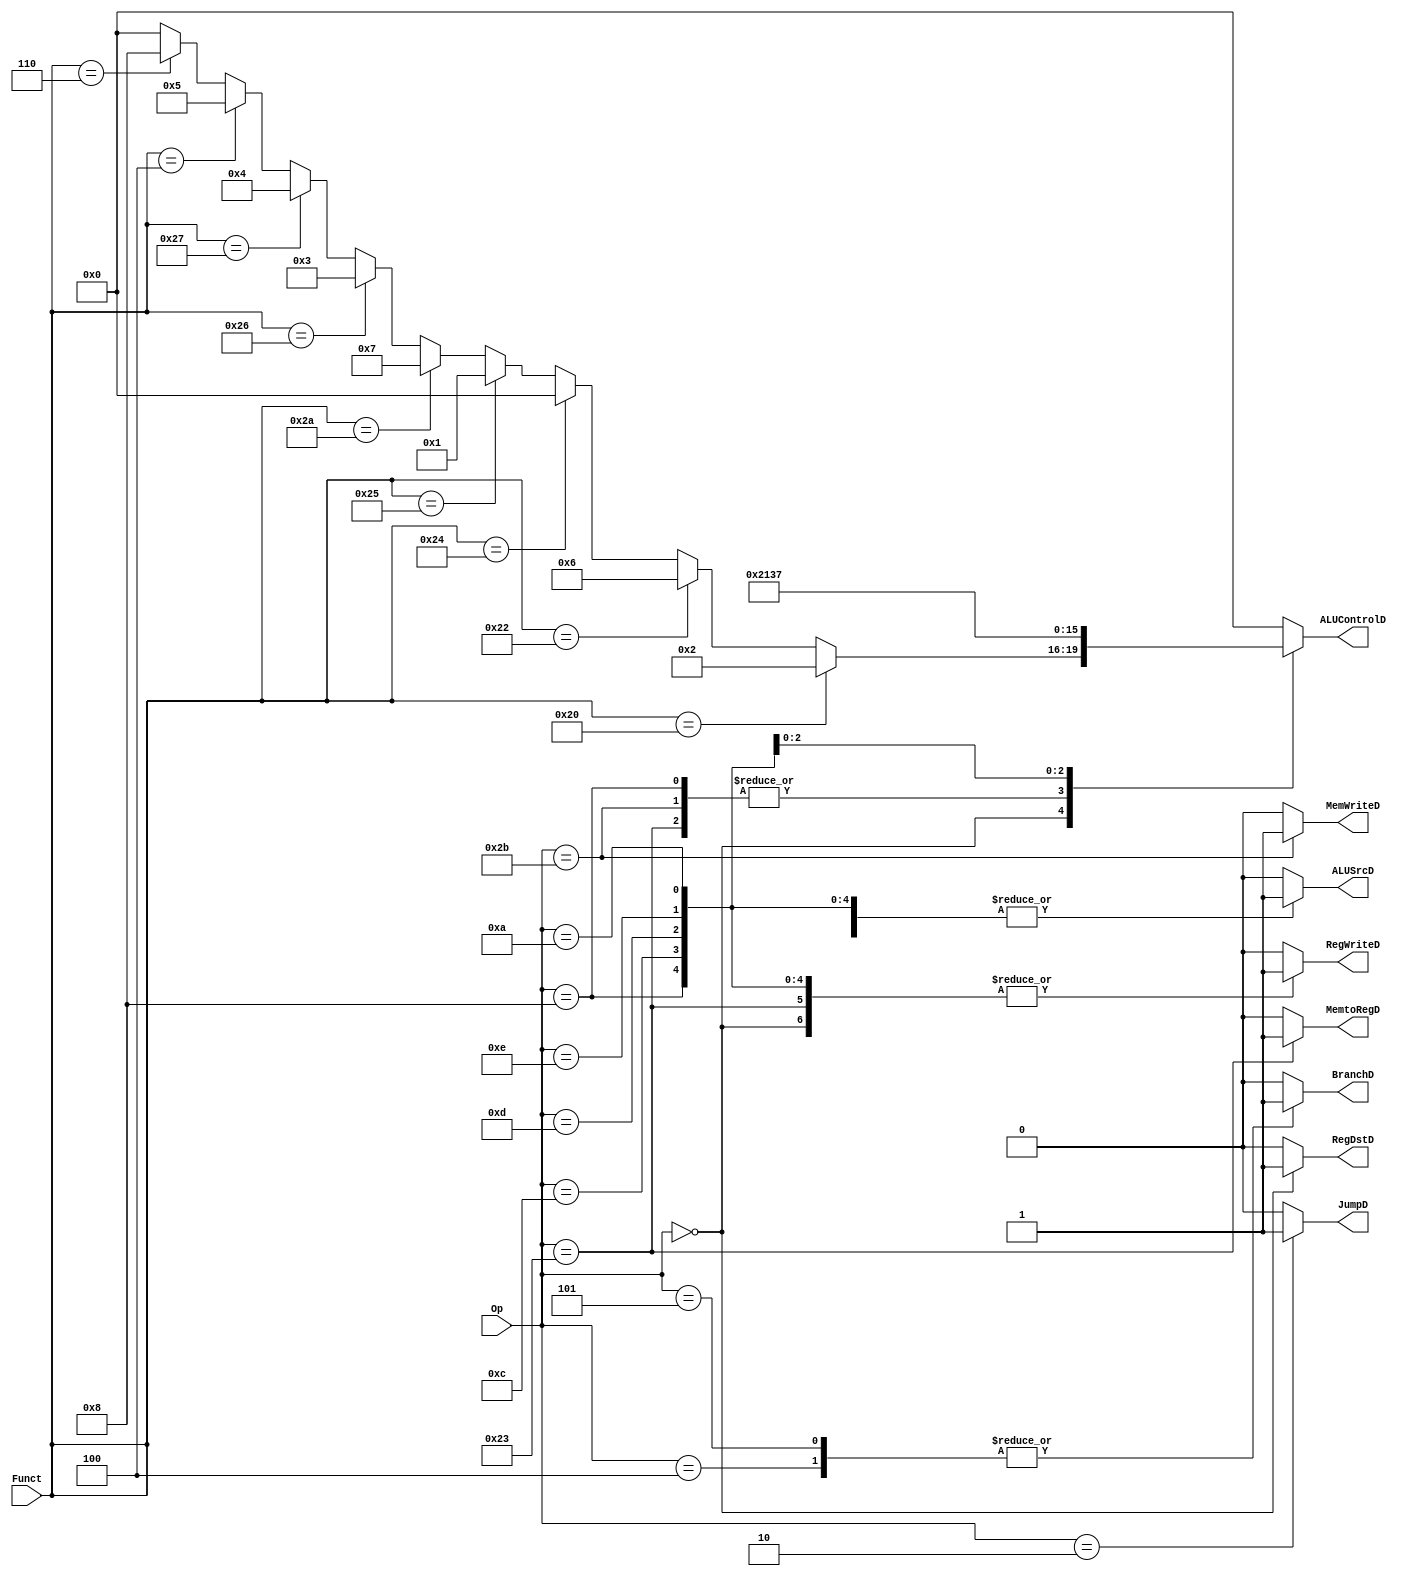
`timescale 1ns / 1ps


module control (
           input [5: 0] Op ,
           input [5: 0] Funct,

           output reg RegWriteD,
           output reg MemtoRegD,
           output reg MemWriteD,
           output reg [3: 0] ALUControlD,
           output reg ALUSrcD,
           output reg RegDstD,
           output reg BranchD,
           output reg JumpD
       );

// Op[5:0]
// R-type: 6'b000000
// lw:  6'b100011
// sw:  6'b101011
// beq:  6'b000100
// bne:  6'b000101
// j:  6'b000010

// addi:  6'b001000
// andi:  6'b001100
// ori: 6'b001101
// xori: 6'b001110
// slti: 6'b001010

always @( * )
    case (Op)
        6'b000000:    // R-type
            begin
                RegWriteD <= 1;
                MemtoRegD <= 0;
                MemWriteD <= 0;
                ALUControlD <=
                    (Funct == 6'b100000) ? 4'b0010 : // Add
                    (Funct == 6'b100010) ? 4'b0110 : // Sub
                    (Funct == 6'b100100) ? 4'b0000 : // And
                    (Funct == 6'b100101) ? 4'b0001 : // Or
                    (Funct == 6'b101010) ? 4'b0111 : // Xor
                    (Funct == 6'b100110) ? 4'b0011 : // Nor
                    (Funct == 6'b100111) ? 4'b0100 : // Stl
                    (Funct == 6'b000100) ? 4'b0101 : // Sllv
                    (Funct == 6'b000110) ? 4'b1000 : // Srlv
                    4'b0000;
                ALUSrcD <= 0;
                RegDstD <= 1;
                BranchD <= 0;
                JumpD <= 0;
            end

    6'b100011:    // lw
    begin
        RegWriteD <= 1;
        MemtoRegD <= 1;
        MemWriteD <= 0;
        ALUControlD <= 4'b0010;
        ALUSrcD <= 1;
        RegDstD <= 0;
        BranchD <= 0;
        JumpD <= 0;

    end

    6'b101011:    // sw
    begin
        RegWriteD <= 0;
        MemtoRegD <= 0;
        MemWriteD <= 1;
        ALUControlD <= 4'b0010;
        ALUSrcD <= 1;
        RegDstD <= 0;
        BranchD <= 0;
        JumpD <= 0;
    end

    6'b000100:    // beq
    begin
        RegWriteD <= 0;
        MemtoRegD <= 0;
        MemWriteD <= 0;
        ALUControlD <= 4'b0000;
        ALUSrcD <= 0;
        RegDstD <= 0;
        BranchD <= 1;
        JumpD <= 0;
    end

    6'b000101:    // bne
    begin
        RegWriteD <= 0;
        MemtoRegD <= 0;
        MemWriteD <= 0;
        ALUControlD <= 4'b0000;
        ALUSrcD <= 0;
        RegDstD <= 0;
        BranchD <= 1;
        JumpD <= 0;
    end

    6'b000010:    // j
    begin
        RegWriteD <= 0;
        MemtoRegD <= 0;
        MemWriteD <= 0;
        ALUControlD <= 4'b0000;
        ALUSrcD <= 0;
        RegDstD <= 0;
        BranchD <= 0;
        JumpD <= 1;
    end

    6'b001000:   // addi
    begin
        RegWriteD <= 1;
        MemtoRegD <= 0;
        MemWriteD <= 0;
        ALUControlD <= 4'b0010;
        ALUSrcD <= 1;
        RegDstD <= 0;
        BranchD <= 0;
        JumpD <= 0;
    end

    6'b001100:   // andi
    begin
        RegWriteD <= 1;
        MemtoRegD <= 0;
        MemWriteD <= 0;
        ALUControlD <= 4'b0000;
        ALUSrcD <= 1;
        RegDstD <= 0;
        BranchD <= 0;
        JumpD <= 0;
    end

    6'b001101:   // ori
    begin
        RegWriteD <= 1;
        MemtoRegD <= 0;
        MemWriteD <= 0;
        ALUControlD <= 4'b0001;
        ALUSrcD <= 1;
        RegDstD <= 0;
        BranchD <= 0;
        JumpD <= 0;
    end

    6'b001110:   // xori
    begin
        RegWriteD <= 1;
        MemtoRegD <= 0;
        MemWriteD <= 0;
        ALUControlD <= 4'b0011;
        ALUSrcD <= 1;
        RegDstD <= 0;
        BranchD <= 0;
        JumpD <= 0;
    end

    6'b001010:   // slti
    begin
        RegWriteD <= 1;
        MemtoRegD <= 0;
        MemWriteD <= 0;
        ALUControlD <= 4'b0111;
        ALUSrcD <= 1;
        RegDstD <= 0;
        BranchD <= 0;
        JumpD <= 0;
    end

    default:
    begin
        RegWriteD <= 0;
        MemtoRegD <= 0;
        MemWriteD <= 0;
        ALUControlD <= 0;
        ALUSrcD <= 0;
        RegDstD <= 0;
        BranchD <= 0;
        JumpD <= 0;
    end

endcase


endmodule